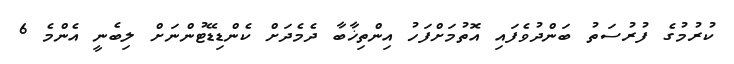
ކުރުމުގެ ފުރުސަތު ބަންދުވެފައި އޮތުމަށްފަހު އިންތިޚާބާ ދެމެދަށް ކެންޑިޑޭޓުންނަށް ލިބެނީ އެންމެ 6